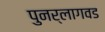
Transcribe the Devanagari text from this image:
पुनर्लागवड